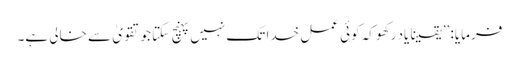
فرمایا: ’’یقینا یاد رکھو کہ کوئی عمل خدا تک نہیں پہنچ سکتا جو تقویٰ سے خالی ہے۔